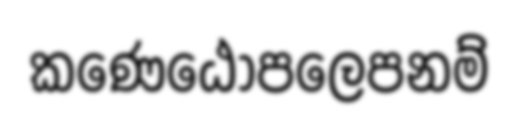
කණෙඨොපලෙපනම්